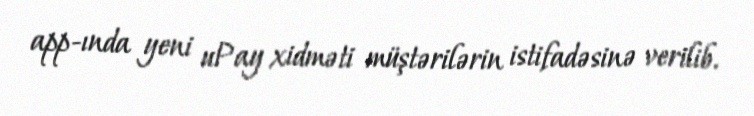
app-ında yeni uPay xidməti müştərilərin istifadəsinə verilib.